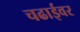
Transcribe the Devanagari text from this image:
चढाईवर